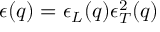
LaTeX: \epsilon ( q ) = \epsilon _ { L } ( q ) \epsilon _ { T } ^ { 2 } ( q )